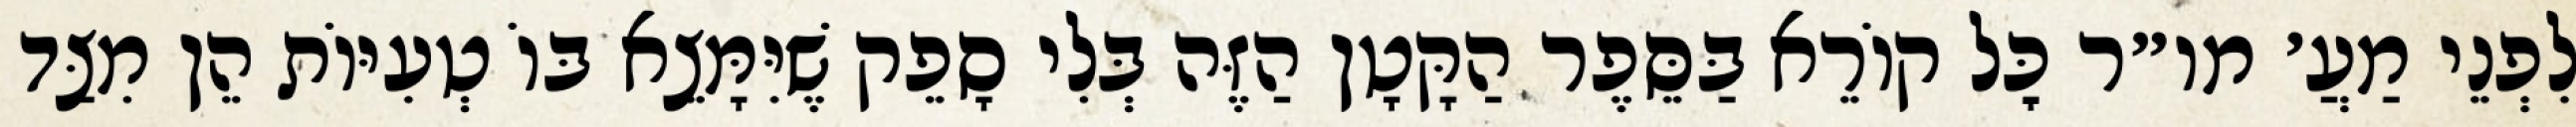
לִפְנֵי מַעֲ׳ מו״ר כׇּל קוֹרֵא בַּסֵּפֶר הַקָּטָן הַזֶּה בְּלִי סָפֵק שֶׁיִּמָּצֵא בּוֹ טְעִיּוֹת הֵן מִצַּד